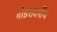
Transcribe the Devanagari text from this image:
षोडशवर्षीय